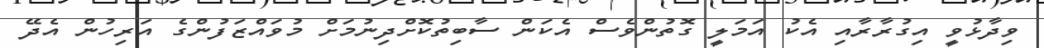
ވިދާޅުވީ އިގުރާރާއި އެކު އަމަލީ ގޮތުންވެސް އެކަން ސާބިތުކޮށްދިނުމަށް މުވައްޒަފުންގެ އަރިހުން އެދޭ